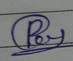
Signature authenticity: forged